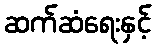
ဆက်ဆံရေးနှင့်